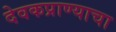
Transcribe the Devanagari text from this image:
देवकप्राण्याचा